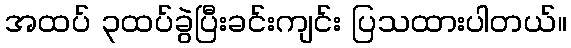
အထပ် ၃ထပ်ခွဲပြီးခင်းကျင်း ပြသထားပါတယ်။